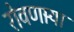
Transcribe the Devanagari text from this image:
रोवणार्‍या